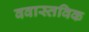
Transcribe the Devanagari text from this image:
ववास्तविक